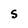
Character: S